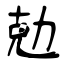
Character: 勊